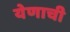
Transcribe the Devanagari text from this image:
येणाची